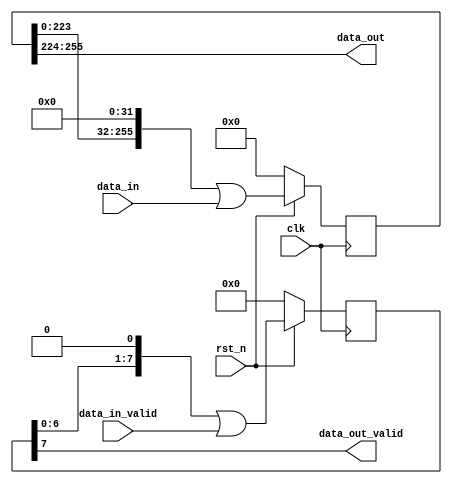
`timescale 1ns / 1ps
//////////////////////////////////////////////////////////////////////////////////
// Company: 
// Engineer: 
// 
// Design Name: 
// Module Name: shift_delay
// Project Name: 
// Target Devices: 
// Tool Versions: 
// Description: 
// 
// Dependencies: 
// 
// Revision:
// Revision 0.01 - File Created
// Additional Comments:
// 
//////////////////////////////////////////////////////////////////////////////////


module shift_delay#(
     parameter   delay_pace=8,
     parameter   D_WIDTH=32
)
(
   input                  clk,
   input                  rst_n,                
   input   [D_WIDTH-1:0]  data_in,
   input                  data_in_valid,

   output  [D_WIDTH-1:0]  data_out,
   output                 data_out_valid

   );
   reg  [delay_pace*D_WIDTH-1:0] data_shift_reg,data_shift_reg_next;
   reg  [delay_pace-1:0]         valid_shift_reg,valid_shift_reg_next;
   
   
   assign  data_out_valid=valid_shift_reg[delay_pace-1];
   assign  data_out      =data_shift_reg[delay_pace*D_WIDTH-1:(delay_pace-1)*D_WIDTH];
   
   
   always@*
   begin
   data_shift_reg_next=(data_shift_reg<<D_WIDTH)|data_in;
   valid_shift_reg_next=(valid_shift_reg<<1)|data_in_valid;
   end
   
   
   always@(posedge  clk )
   begin
     data_shift_reg<=(!rst_n)?{delay_pace*D_WIDTH{1'b0}}:data_shift_reg_next;
     valid_shift_reg<=(!rst_n)?{delay_pace{1'b0}}:valid_shift_reg_next;
   end
   
   
   endmodule